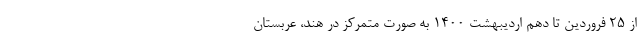
از ۲۵ فروردین تا دهم اردیبهشت ۱۴۰۰ به صورت متمرکز در هند، عربستان